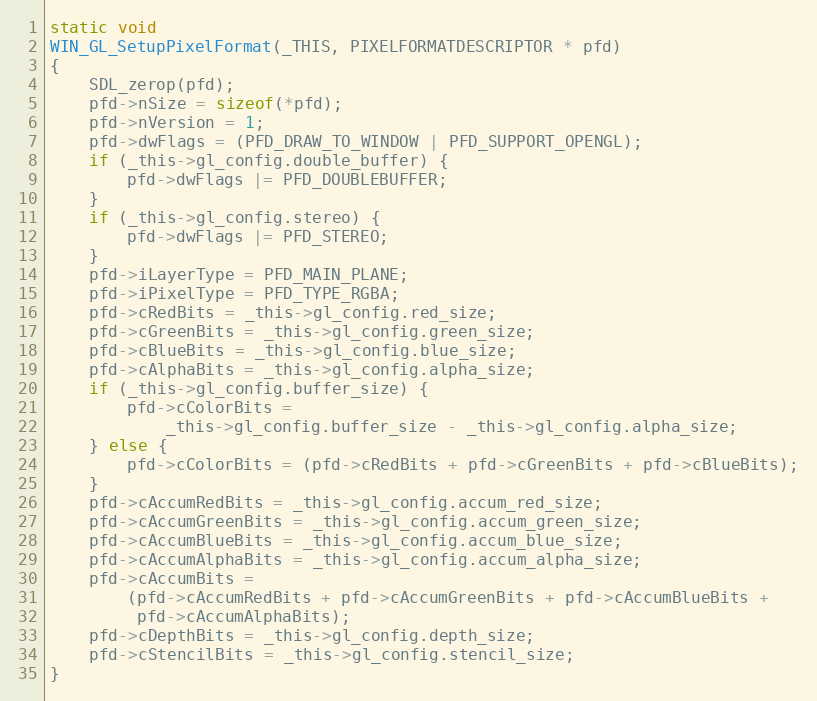
Language: C
static void
WIN_GL_SetupPixelFormat(_THIS, PIXELFORMATDESCRIPTOR * pfd)
{
    SDL_zerop(pfd);
    pfd->nSize = sizeof(*pfd);
    pfd->nVersion = 1;
    pfd->dwFlags = (PFD_DRAW_TO_WINDOW | PFD_SUPPORT_OPENGL);
    if (_this->gl_config.double_buffer) {
        pfd->dwFlags |= PFD_DOUBLEBUFFER;
    }
    if (_this->gl_config.stereo) {
        pfd->dwFlags |= PFD_STEREO;
    }
    pfd->iLayerType = PFD_MAIN_PLANE;
    pfd->iPixelType = PFD_TYPE_RGBA;
    pfd->cRedBits = _this->gl_config.red_size;
    pfd->cGreenBits = _this->gl_config.green_size;
    pfd->cBlueBits = _this->gl_config.blue_size;
    pfd->cAlphaBits = _this->gl_config.alpha_size;
    if (_this->gl_config.buffer_size) {
        pfd->cColorBits =
            _this->gl_config.buffer_size - _this->gl_config.alpha_size;
    } else {
        pfd->cColorBits = (pfd->cRedBits + pfd->cGreenBits + pfd->cBlueBits);
    }
    pfd->cAccumRedBits = _this->gl_config.accum_red_size;
    pfd->cAccumGreenBits = _this->gl_config.accum_green_size;
    pfd->cAccumBlueBits = _this->gl_config.accum_blue_size;
    pfd->cAccumAlphaBits = _this->gl_config.accum_alpha_size;
    pfd->cAccumBits =
        (pfd->cAccumRedBits + pfd->cAccumGreenBits + pfd->cAccumBlueBits +
         pfd->cAccumAlphaBits);
    pfd->cDepthBits = _this->gl_config.depth_size;
    pfd->cStencilBits = _this->gl_config.stencil_size;
}